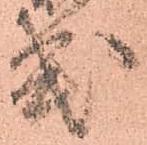
式